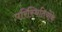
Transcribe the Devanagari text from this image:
परिस्थितियोंके